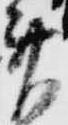
斎